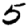
Digit: 5